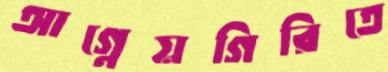
আগ্নেয়গিরিতে